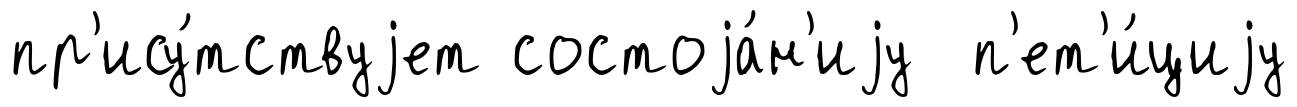
пр'ису́тствуjет состоjа́н'иjу п'ет'и́циjу